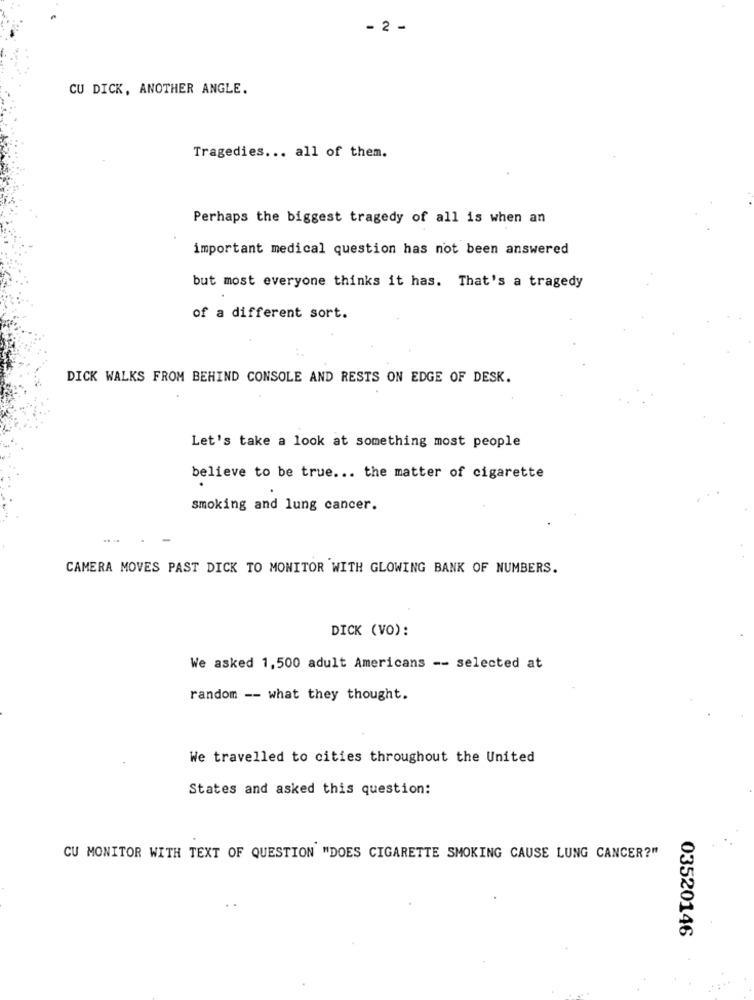
- 2 -
CU DICK, ANOTHER ANGLE.
Tragedies ... all of them.
Perhaps the biggest tragedy of all is when an
important medical question has not been answered
but most everyone thinks it has. That's a tragedy
of a different sort.
DICK WALKS FROM BEHIND CONSOLE AND RESTS ON EDGE OF DESK.
Let's take a look at something most people
believe to be true ... the matter of cigarette
smoking and lung cancer.
CAMERA MOVES PAST DICK TO MONITOR WITH GLOWING BANK OF NUMBERS.
DICK (VO):
We asked 1,500 adult Americans -- selected at
random -- what they thought.
We travelled to cities throughout the United
States and asked this question:
CU MONITOR WITH TEXT OF QUESTION "DOES CIGARETTE SMOKING CAUSE LUNG CANCER?"
03520146